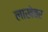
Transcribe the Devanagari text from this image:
लाखेवर